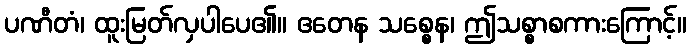
ပဏီတံ၊ ထူးမြတ်လှပါပေ၏။ ဧတေန သစ္စေန၊ ဤသစ္စာစကားကြောင့်။